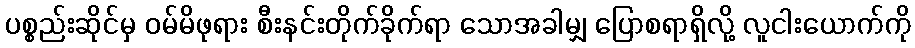
ပစ္စည်းဆိုင်မှ ဝမ်မိဖုရား စီးနင်းတိုက်ခိုက်ရာ သောအခါမျှ ပြောစရာရှိလို့ လူငါးယောက်ကို